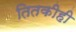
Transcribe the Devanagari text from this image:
तितकीही